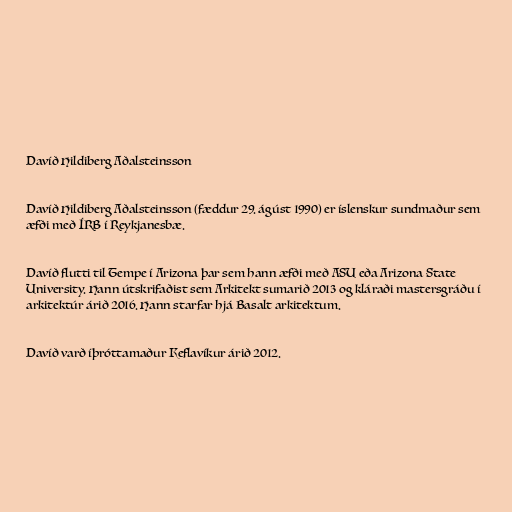
Davíð Hildiberg Aðalsteinsson

Davíð Hildiberg Aðalsteinsson (fæddur 29. ágúst 1990) er íslenskur sundmaður sem
æfði með ÍRB í Reykjanesbæ.

Davíð flutti til Tempe í Arizona þar sem hann æfði með ASU eða Arizona State
University. Hann útskrifaðist sem Arkitekt sumarið 2013 og kláraði mastersgráðu í
arkitektúr árið 2016. Hann starfar hjá Basalt arkitektum.

Davíð varð íþróttamaður Keflavíkur árið 2012.